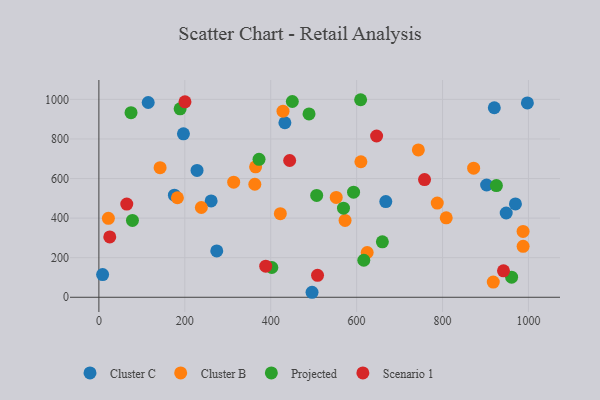
{"axis": {"x": "Price", "y": "Exam Score"}, "legend": ["Cluster B", "Cluster C", "Projected", "Scenario 1"], "data": [{"x": "228.5", "y": 640.8, "type": "Cluster C"}, {"x": "969.7", "y": 471.8, "type": "Cluster C"}, {"x": "997.5", "y": 982.1, "type": "Cluster C"}, {"x": "902.6", "y": 567.3, "type": "Cluster C"}, {"x": "667.9", "y": 483.4, "type": "Cluster C"}, {"x": "496.2", "y": 25.3, "type": "Cluster C"}, {"x": "920.5", "y": 957.7, "type": "Cluster C"}, {"x": "261.3", "y": 486.7, "type": "Cluster C"}, {"x": "114.8", "y": 984.1, "type": "Cluster C"}, {"x": "196.8", "y": 825.7, "type": "Cluster C"}, {"x": "175.8", "y": 515.9, "type": "Cluster C"}, {"x": "948.2", "y": 425.8, "type": "Cluster C"}, {"x": "274.4", "y": 234.3, "type": "Cluster C"}, {"x": "8.7", "y": 114.7, "type": "Cluster C"}, {"x": "433.0", "y": 881.9, "type": "Cluster C"}, {"x": "22.1", "y": 399.0, "type": "Cluster B"}, {"x": "142.5", "y": 655.0, "type": "Cluster B"}, {"x": "363.0", "y": 571.2, "type": "Cluster B"}, {"x": "428.6", "y": 940.1, "type": "Cluster B"}, {"x": "238.5", "y": 453.7, "type": "Cluster B"}, {"x": "808.6", "y": 401.5, "type": "Cluster B"}, {"x": "743.7", "y": 744.5, "type": "Cluster B"}, {"x": "552.5", "y": 504.6, "type": "Cluster B"}, {"x": "313.8", "y": 581.5, "type": "Cluster B"}, {"x": "918.1", "y": 77.0, "type": "Cluster B"}, {"x": "787.7", "y": 475.9, "type": "Cluster B"}, {"x": "987.6", "y": 257.7, "type": "Cluster B"}, {"x": "182.8", "y": 503.0, "type": "Cluster B"}, {"x": "872.4", "y": 652.5, "type": "Cluster B"}, {"x": "422.4", "y": 422.2, "type": "Cluster B"}, {"x": "624.6", "y": 226.2, "type": "Cluster B"}, {"x": "364.8", "y": 659.1, "type": "Cluster B"}, {"x": "573.1", "y": 388.2, "type": "Cluster B"}, {"x": "987.5", "y": 333.0, "type": "Cluster B"}, {"x": "609.9", "y": 684.7, "type": "Cluster B"}, {"x": "372.8", "y": 697.2, "type": "Projected"}, {"x": "569.4", "y": 450.4, "type": "Projected"}, {"x": "489.2", "y": 926.3, "type": "Projected"}, {"x": "402.6", "y": 150.6, "type": "Projected"}, {"x": "659.9", "y": 280.0, "type": "Projected"}, {"x": "189.1", "y": 952.1, "type": "Projected"}, {"x": "74.8", "y": 932.6, "type": "Projected"}, {"x": "507.0", "y": 514.7, "type": "Projected"}, {"x": "609.3", "y": 998.2, "type": "Projected"}, {"x": "592.9", "y": 531.0, "type": "Projected"}, {"x": "960.8", "y": 101.6, "type": "Projected"}, {"x": "616.7", "y": 187.2, "type": "Projected"}, {"x": "925.4", "y": 564.6, "type": "Projected"}, {"x": "450.3", "y": 989.3, "type": "Projected"}, {"x": "78.1", "y": 388.5, "type": "Projected"}, {"x": "388.4", "y": 157.3, "type": "Scenario 1"}, {"x": "25.3", "y": 304.9, "type": "Scenario 1"}, {"x": "444.1", "y": 691.0, "type": "Scenario 1"}, {"x": "758.1", "y": 594.9, "type": "Scenario 1"}, {"x": "509.0", "y": 110.8, "type": "Scenario 1"}, {"x": "200.4", "y": 987.8, "type": "Scenario 1"}, {"x": "646.5", "y": 814.8, "type": "Scenario 1"}, {"x": "941.9", "y": 133.7, "type": "Scenario 1"}, {"x": "64.9", "y": 471.2, "type": "Scenario 1"}]}